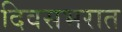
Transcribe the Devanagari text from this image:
दिवसभरात